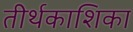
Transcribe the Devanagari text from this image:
तीर्थकाशिका